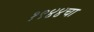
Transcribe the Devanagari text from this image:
१९४४चा